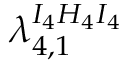
\lambda _ { 4 , 1 } ^ { I _ { 4 } H _ { 4 } I _ { 4 } }